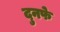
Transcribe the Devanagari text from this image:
दुनफे